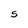
Character: 5